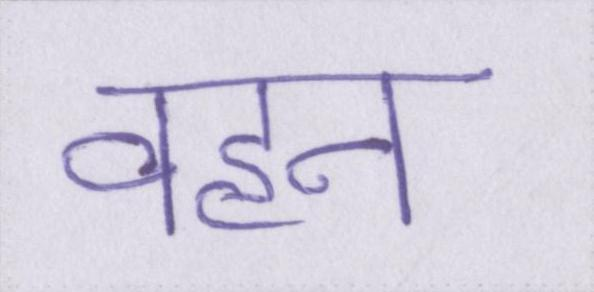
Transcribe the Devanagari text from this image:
वहन